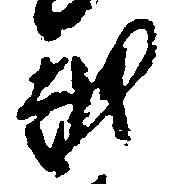
越